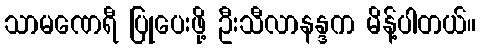
သာမဏေရီ ပြုပေးဖို့ ဦးသီလာနန္ဒက မိန့်ပါတယ်။